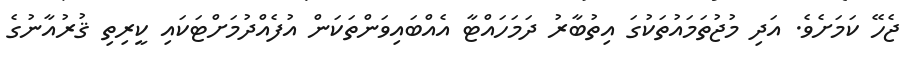
ޖެހޭ ކަމަށެވެ. އަދި މުޖުތަމައުތަކުގަ އިތުބާރު ދަމަހައްޓާ އެއްބައިވަންތަކަން އުފެއްދުމަށްޓަކައި ކީރިތި ޤުރުއާނުގެ